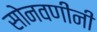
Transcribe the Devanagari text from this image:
सोनवणींनी